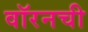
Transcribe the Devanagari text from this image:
वॉरनची